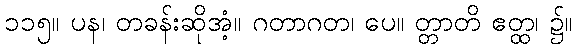
၁၁၅။ ပန၊ တခန်းဆိုအံ့။ ဂတာဂတ၊ ပေ။ တ္တာတိ ဧတ္ထ၊ ၌။